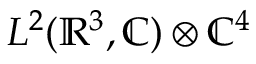
L ^ { 2 } ( \mathbb { R } ^ { 3 } , \mathbb { C } ) \otimes \mathbb { C } ^ { 4 }